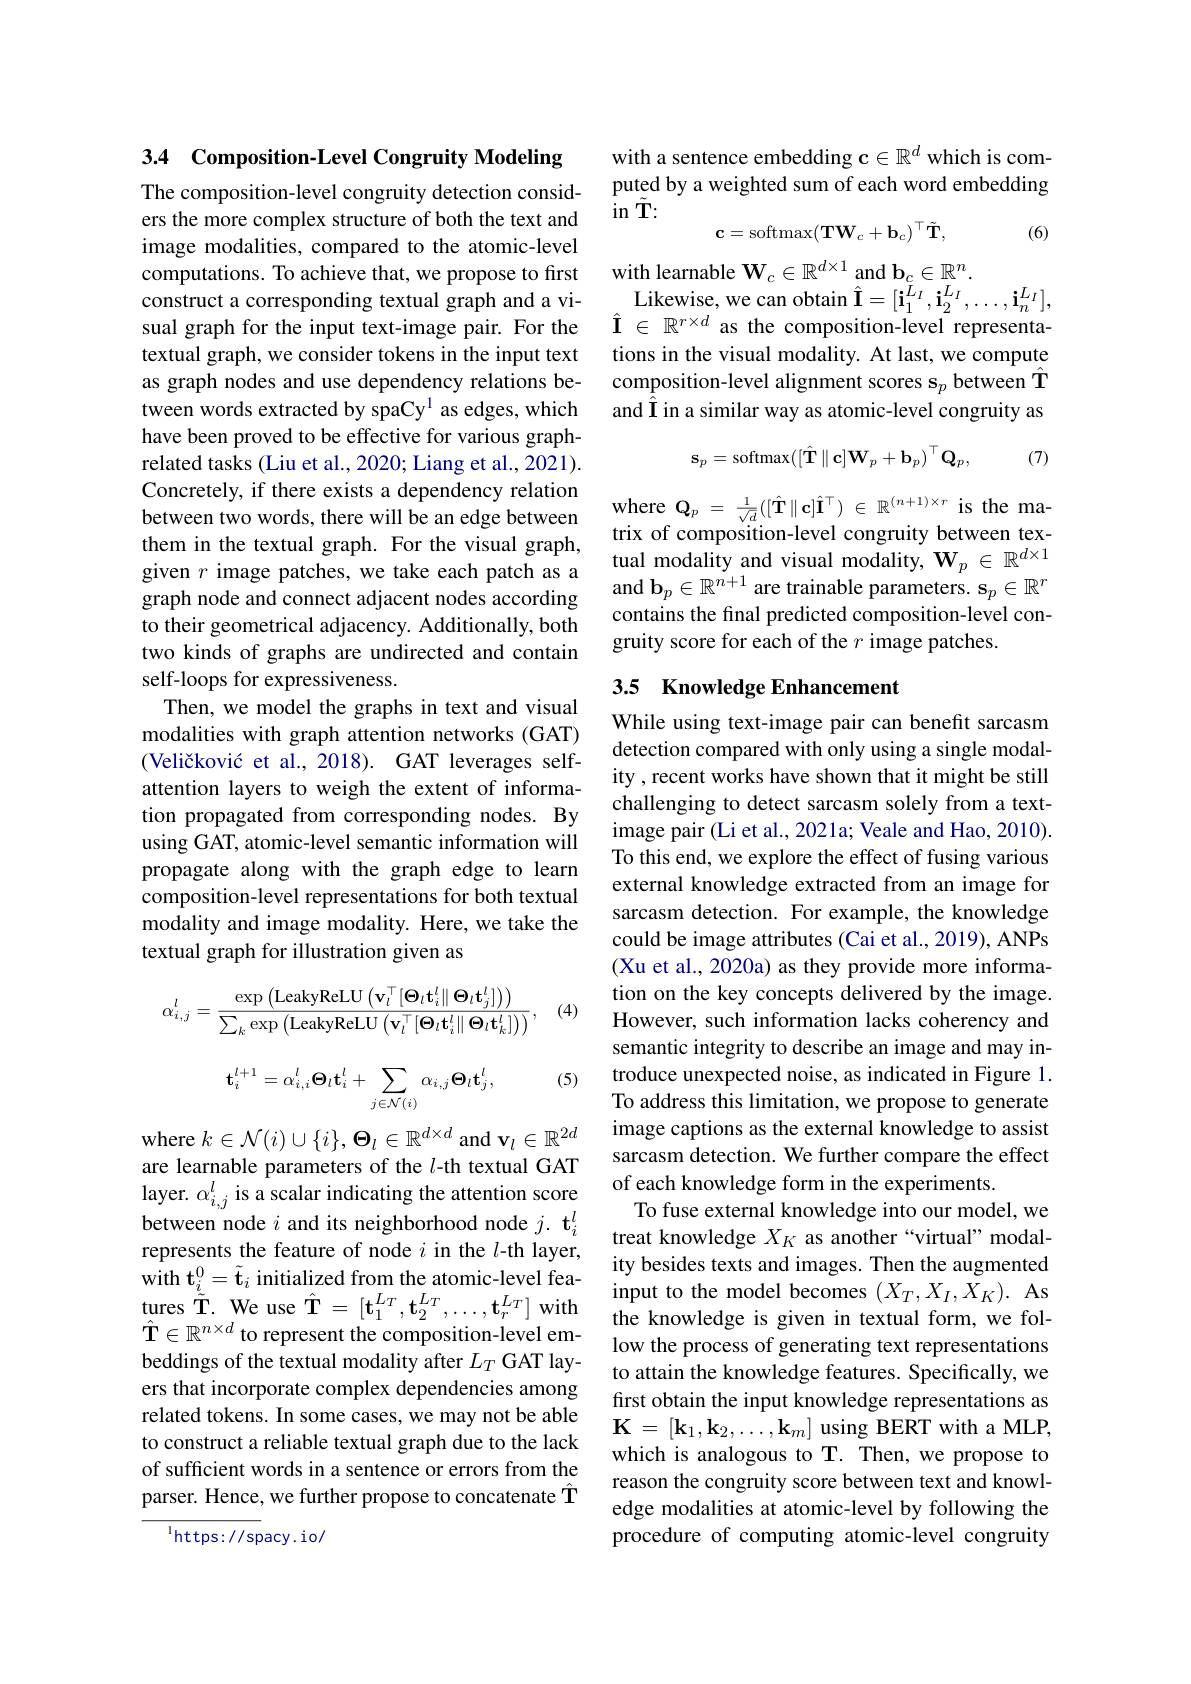
3.4 Composition-Level Congruity Modeling

The composition-level congruity detection considers the more complex structure of both the text and image modalities, compared to the atomic-level computations. To achieve that, we propose to first construct a corresponding textual graph and a visual graph for the input text-image pair. For the textual graph, we consider tokens in the input text as graph nodes and use dependency relations between words extracted by spaCy$^{1}$ as edges, which have been proved to be effective for various graphrelated tasks (Liu et al., 2020; Liang et al., 2021). Concretely, if there exists a dependency relation between two words, there will be an edge between them in the textual graph. For the visual graph, them ın the textual graph. For the vısual graph, tual modality and visual modality, $\mathbf{W}_p\in\mathbb{R}^{d\times1}$
graph node and connect adjacent nodes according to their geometrical adjacency. Additionally, both two kinds of graphs are undirected and contain self-loops for expressiveness.
Then, we model the graphs in text and visual modalities with graph attention networks (GAT) (Veličković et al., 2018). GAT leverages selfattention layers to weigh the extent of information propagated from corresponding nodes. By using GAT, atomic-level semantic information will propagate along with the graph edge to learn composition-level representations for both textual modality and image modality. Here, we take the textual graph for illustration given as

(4)
$$\alpha_{i,j}^{l}=\frac{\exp\left(\mathrm{LeakyReLU}\left(\mathbf{v}_{l}^{\top}[\mathbf{\Theta}_{l}\mathbf{t}_{i}^{l}\|\:\mathbf{\Theta}_{l}\mathbf{t}_{j}^{l}]\right)\right)}{\sum_{k}\exp\left(\mathrm{LeakyReLU}\left(\mathbf{v}_{l}^{\top}[\mathbf{\Theta}_{l}\mathbf{t}_{i}^{l}\|\:\mathbf{\Theta}_{l}\mathbf{t}_{k}^{l}]\right)\right)},$$
$$\mathbf{t}_{i}^{l+1}=\alpha_{i,i}^{l}\mathbf{\Theta}_{l}\mathbf{t}_{i}^{l}+\sum_{j\in\mathcal{N}(i)}\alpha_{i,j}\mathbf{\Theta}_{l}\mathbf{t}_{j}^{l},$$
(5)

where $k\in\mathcal{N}(i)\cup\{i\},\boldsymbol{\Theta}_l\in\mathbb{R}^{d\times d}$ and $\mathbf{v}_l\in\mathbb{R}^{2d}$ are learnable parameters of the $l$-th textual GAT layer. $\alpha_i,j^l$ is a scalar indicating the attention score between node $i$ and its neighborhood node $j.\textbf{t}_i^l$ represents the feature of node $i$ in the $l$-th layer, tures $\tilde{T}$. We use $\hat{T}$= [ $t_{1}^{L_{T}}$, $t_{2}^{L_{T}}$, $\ldots$, $t_{r}^{L_{T}}$] with $\hat{\mathbf{T}}\in\mathbb{R}^{n\times d}$ to represent the composition-level embeddings of the textual modality after $L_T$ GAT layers that incorporate complex dependencies among related tokens. In some cases, we may not be able to construct a reliable textual graph due to the lack of sufficient words in a sentence or errors from the parser. Hence, we further propose to concatenate $\hat{\mathbf{T}}$

$^{1}$https://spacy.io/

with a sentence embedding $\mathbf{c}\in\mathbb{R}^d$ which is computed by a weighted sum of each word embedding ${\hat{\mathrm{in~}}}\tilde{\mathbf{T}}{:}$
$$\mathbf{c}=\mathrm{softmax}(\mathbf{TW}_{c}+\mathbf{b}_{c})^{\top}\tilde{\mathbf{T}},$$
(6)

$\mathop{\mathrm{Likewise,~we~can~obtain~}}\hat{\mathbf{I}}=[\mathbf{i}_{1}^{\tilde{L}_{I}},\mathbf{i}_{2}^{L_{I}},\ldots,\mathbf{i}_{n}^{L_{I}}]$, $\hat{\mathcal{I}}\in\mathbb{R}^{r\times d}$ as the composition-level representa-

with learnable $\mathbf{W}_c\in\mathbb{R}^{d\times1}$ and $\mathbf{b}_c\in\mathbb{R}^n.$
tions in the visual modality. At last, we compute composition-level alignment scores s$_p$ between T and Î in a similar way as atomic-level congruity as
$$\mathbf{s}_{p}=\mathrm{softmax}([\hat{\mathbf{T}}\parallel\mathbf{c}]\mathbf{W}_{p}+\mathbf{b}_{p})^{\top}\mathbf{Q}_{p},\quad(7)$$
where $\mathbf{Q} _{p}$ = $\frac 1{\sqrt {d}}( [ \hat{\mathbf{T} } \parallel \mathbf{c} ] \hat{\mathbf{I} } ^{\top })$ $\in$ $\mathbb{R} ^{( n+ 1) \times r}$ is the matrix of composition-level congruity between texand $\mathbf{b}_p\in\mathbb{R}^{n+1}$ are trainable parameters. s$_p\in\mathbb{R}^r$ contains the final predicted composition-level congruity score for each of the $r$ image patches.

## 3.5 Knowledge Enhancement

While using text-image pair can benefit sarcasm detection compared with only using a single modality , recent works have shown that it might be still challenging to detect sarcasm solely from a textimage pair (Li et al., 2021a; Veale and Hao, 2010). To this end, we explore the effect of fusing various external knowledge extracted from an image for sarcasm detection. For example, the knowledge could be image attributes (Cai et al., 2019), ANPs (Xu et al., 2020a) as they provide more information on the key concepts delivered by the image. However, such information lacks coherency and semantic integrity to describe an image and may introduce unexpected noise, as indicated in Figure 1. To address this limitation, we propose to generate image captions as the external knowledge to assist sarcasm detection. We further compare the effect of each knowledge form in the experiments.
To fuse external knowledge into our model, we treat knowledge $X_K$ as another“virtual” modal-
$\begin{aligned}\text{represents he leaure oi node }i\text{ n the }i\text{-10 layer,}\\\mathrm{with~t}_{\underline{i}}^{0}=\widetilde{\mathbf{t}}_{i}\:\text{initialized from the atomic-level fea-}\:&\text{ity besides texts and images. Then the augmented}\\\text{input to the model becomes }(X_{T},X_{I},X_{K}).\:\mathrm{As}\end{aligned}$
input to the model becomes $(X_T,X_I,X_K).$ As the knowledge is given in textual form, we follow the process of generating text representations to attain the knowledge features. Specifically, we first obtain the input knowledge representations as $\mathbf{K}=[\mathbf{k}_{1},\mathbf{k}_{2},\ldots,\mathbf{k}_{m}]$ using BERT with a MLP, which is analogous to T. Then, we propose to reason the congruity score between text and knowledge modalities at atomic-level by following the procedure of computing atomic-level congruity